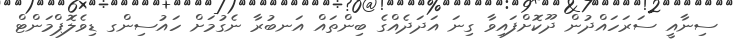
ސިނާއީ ސަރަހައްދުން ދޫކޮށްފައިވާ ގިނަ އަދަދެއްގެ ބިންތައް އަނބުރާ ނެގުމަށް ހައުސިންގ ޑިވެލޮޕްމަންޓް